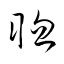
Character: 聦